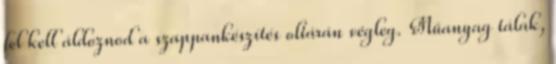
fel kell áldoznod a szappankészítés oltárán végleg. Műanyag tálak,